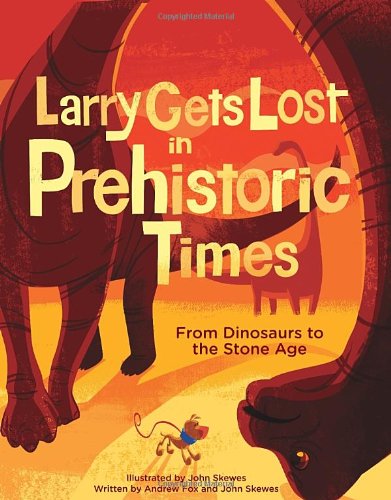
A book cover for Larry Gets Lost in Prehistoric Times: From Dinosaurs to the Stone Age; John Skewes; Children's Books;